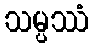
သမ္ပဿံ